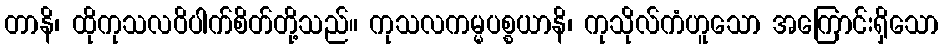
တာနိ၊ ထိုကုသလဝိပါက်စိတ်တို့သည်။ ကုသလကမ္မပစ္စယာနိ၊ ကုသိုလ်ကံဟူသော အကြောင်းရှိသော